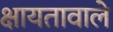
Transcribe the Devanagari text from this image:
क्षायतावाले